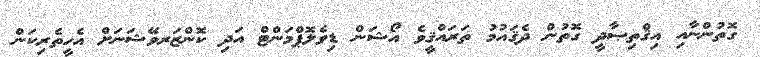
ގޮތުންނާއި އިޤްތިޞާދީ ގޮތުން ދެޤައުމު ތަރައްޤީވެ އޯޝަން ޑިވެލޮޕްމަންޓް އަދި ކޮންޒަރވޭޝަނަށް އެހީތެރިކަން